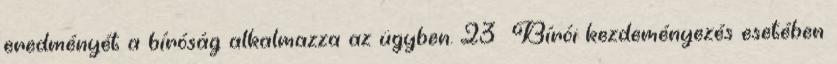
eredményét a bíróság alkalmazza az ügyben. 23 Bírói kezdeményezés esetében